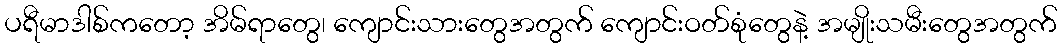
ပရီမာဒါစ်ကတော့ အိမ်ရာတွေ၊ ကျောင်းသားတွေအတွက် ကျောင်းဝတ်စုံတွေနဲ့ အမျိုးသမီးတွေအတွက်